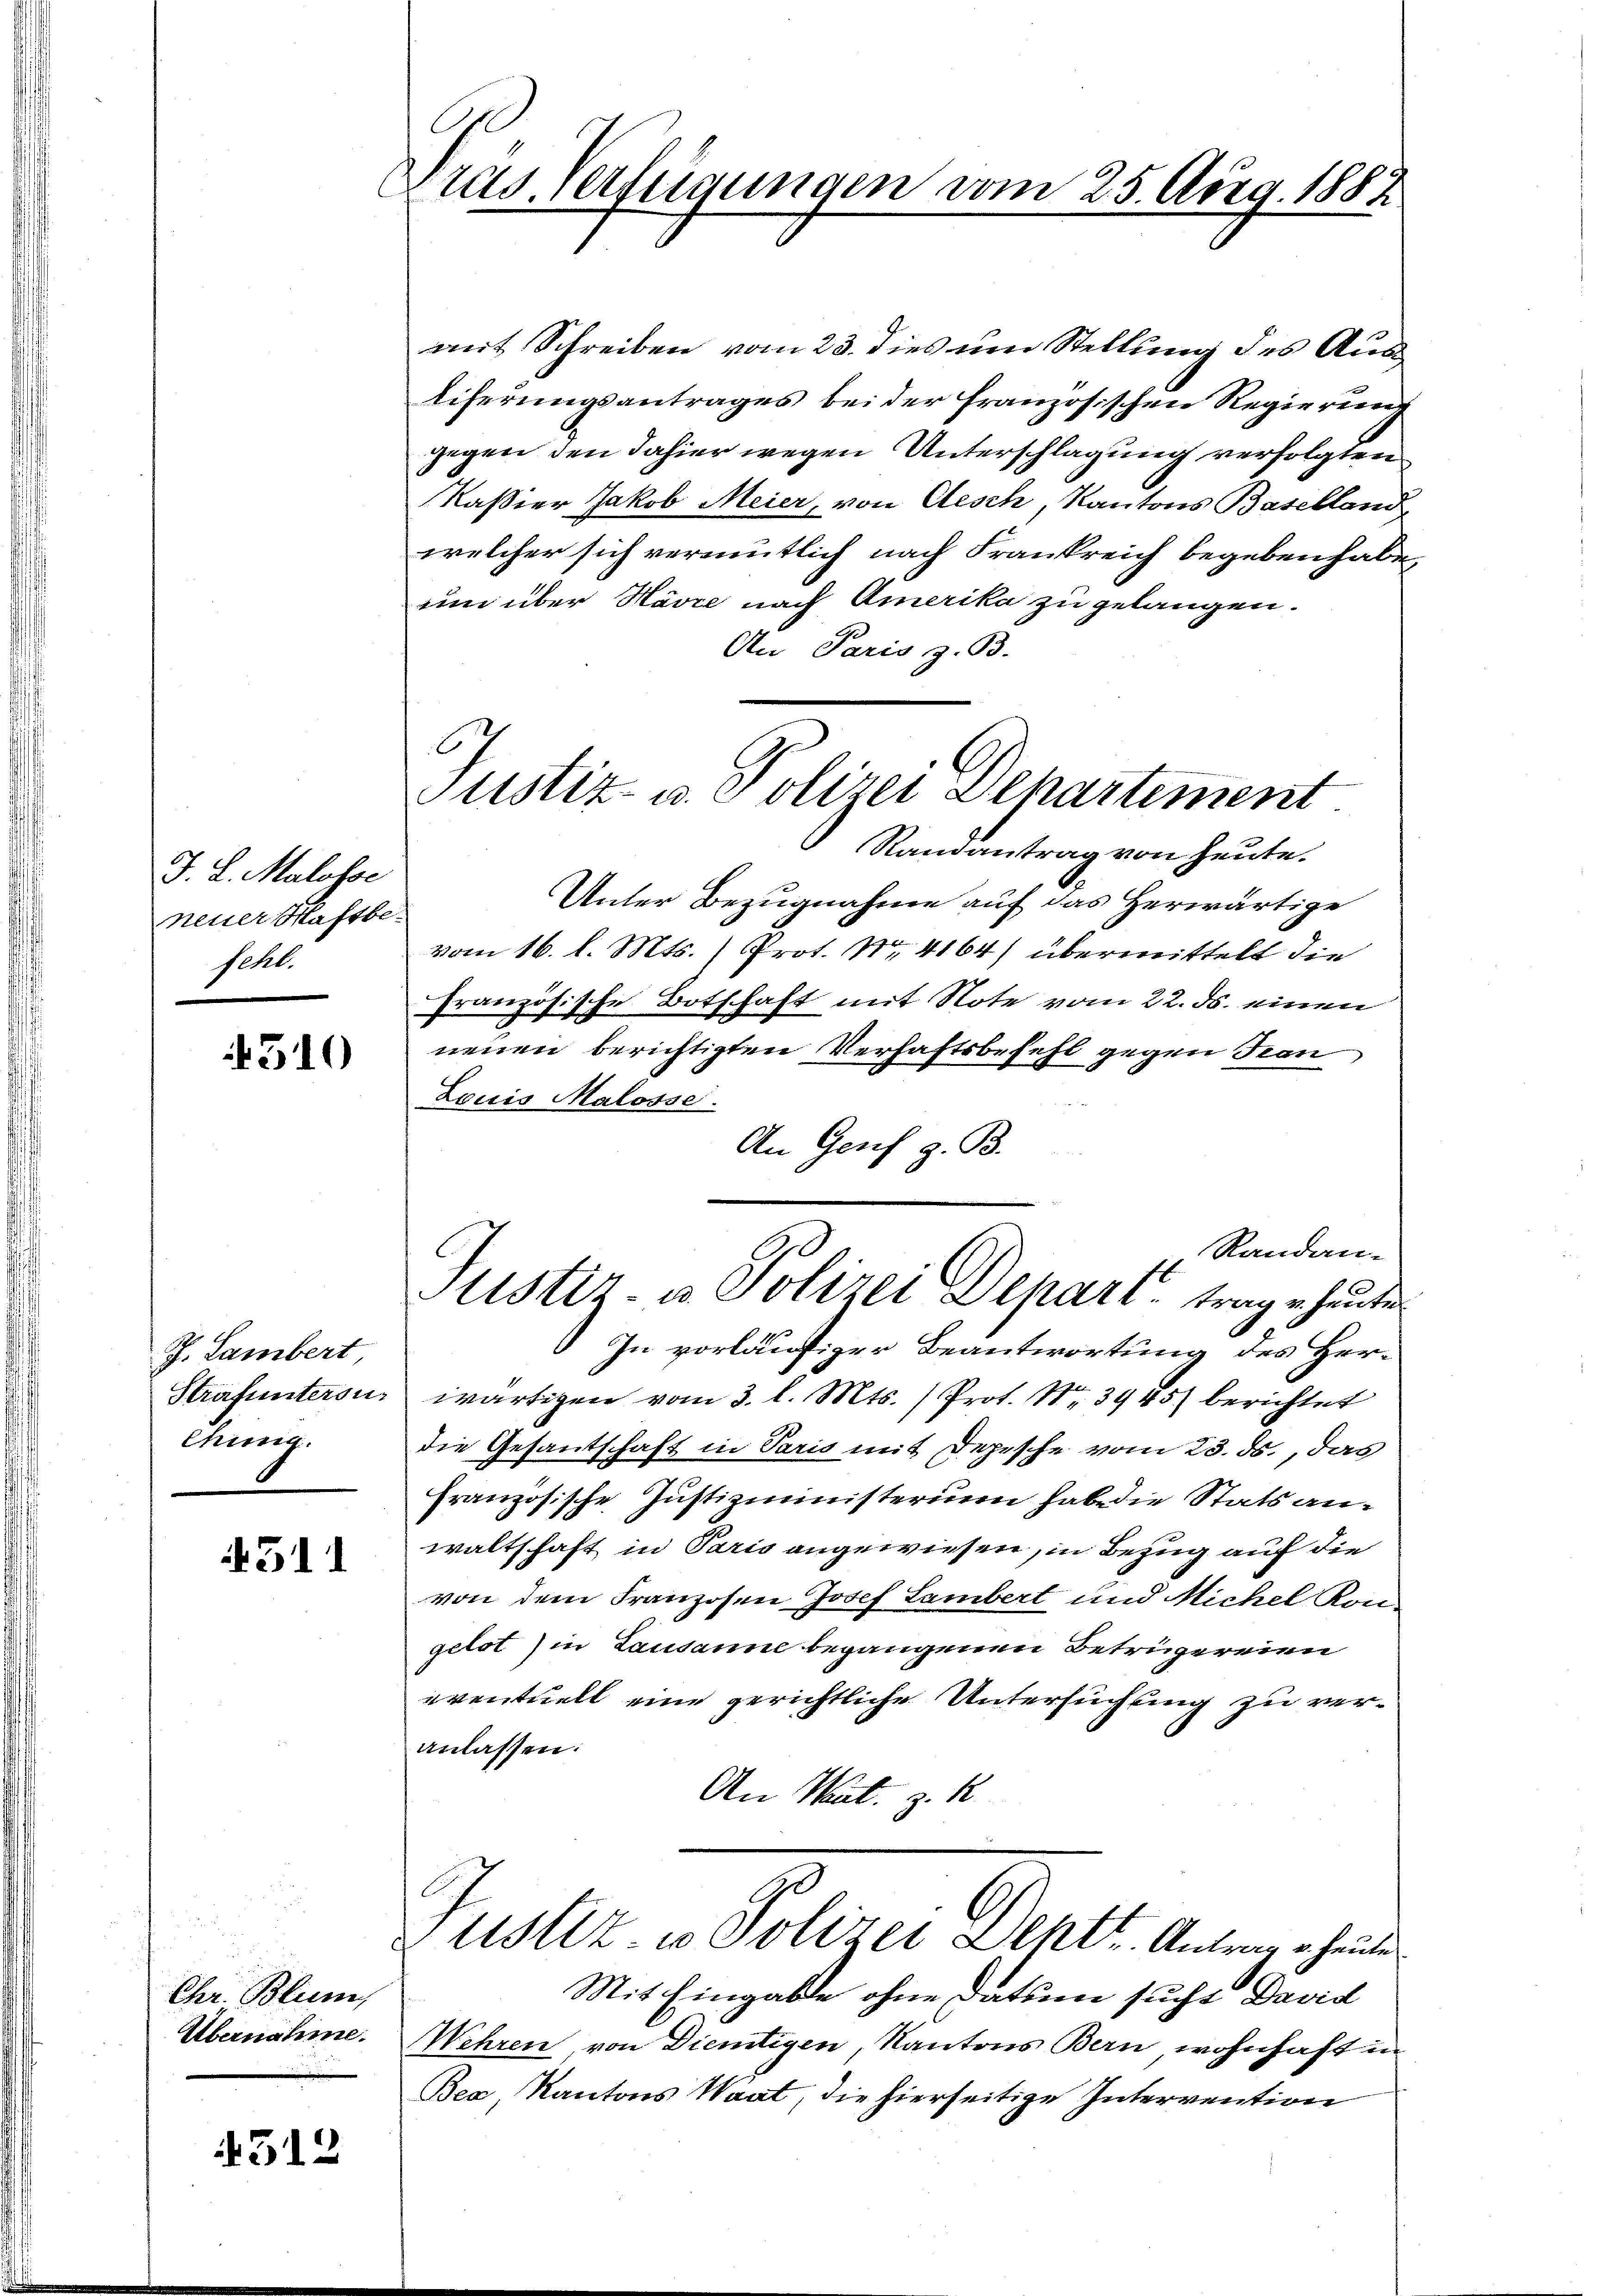
J. L. Malosse
neuer Haftbe
sehl.

4510

J. Lambert
Strafuntersu¬
Chinig.

511

Chr. Blum,
Übernahme.

4312

Dras Verfügungen vom 25. Aug. 1882

mit Schreiben vom 23. dies um Stellung des Aus
liferungsantrages bei der französischen Regierung
gegen den dahier wegen Unterschlagung verfolgten
Kaßier Jakob Meier, von Aesch, Kantons Baselland
welcher sich vermutlich nach Frankreich begeben habe,
um über Havre nach Amerika zu gelangen.
An Paris z. B.
Randantrag von heute.
Unter Bezugnahme auf das herwärtige
vom 16. l. Mts. (Prot. Nr. 4164) übermittelt die
französische Botschaft mit Note vom 22. ds. einen
neuen berichtigten Verhaftsbefehl gegen Tran
Louis Malosse.
An Genf z. B.
Randan-
u
Sistiz- u. Polizei Depart trage heute
In vorläufiger Beantwortung des Herwärtigen vom 3. l. Mts. ) Prot. Nr. 3945) berichtet
die Gesantschaft in Paris mit Depesche vom 23. ds., das
französische Justizministerium habe die Stats anwaltschaft in Paris angewiesen, in Bezug auf die
von dem Franzosen Josef Lambert und Michel Ron
gelot ) in Lausanne begangenen Betrügereien
eventuell eine gerichtliche Untersuchung zu veranlassen:
An Mal. z. R.
ustiz- u Polizei Dehtt. Antrage heute
Mit Eingabe ohne dation sucht David
Wehren von Dientigen, Kantons Bern wohnhaft in
Bex Kantons Waat, die hierseitige Intervention

Justiz- u. Polizei Departement